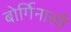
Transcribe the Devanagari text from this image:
बोर्गिनासी